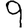
Digit: 9